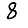
Digit: 8